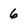
Character: 6